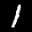
Label: 1